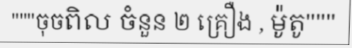
"""ចុចពិល ចំនួន ២ គ្រឿង , ម៉ូតូ"""